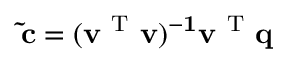
\mathbf { \tilde { c } } = \bf ( v ^ { \mathrm { ~ T ~ } } v ) ^ { - 1 } v ^ { \mathrm { ~ T ~ } } q